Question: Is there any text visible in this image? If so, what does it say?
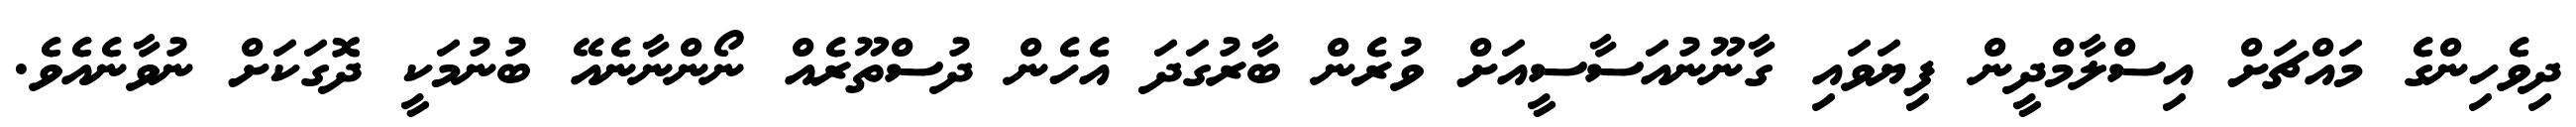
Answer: ދިވެހިންގެ މައްޗަށް އިސްލާމްދީން ފިޔަވައި ގާނޫނުއަސާސީއަށް ވުރެން ބާރުގަދަ އެހެން ދުސްތޫރެއް ނޯންނާނެއޭ ބުނުމަކީ ދޮގަކަށް ނުވާނެއެވެ.